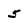
Character: 5